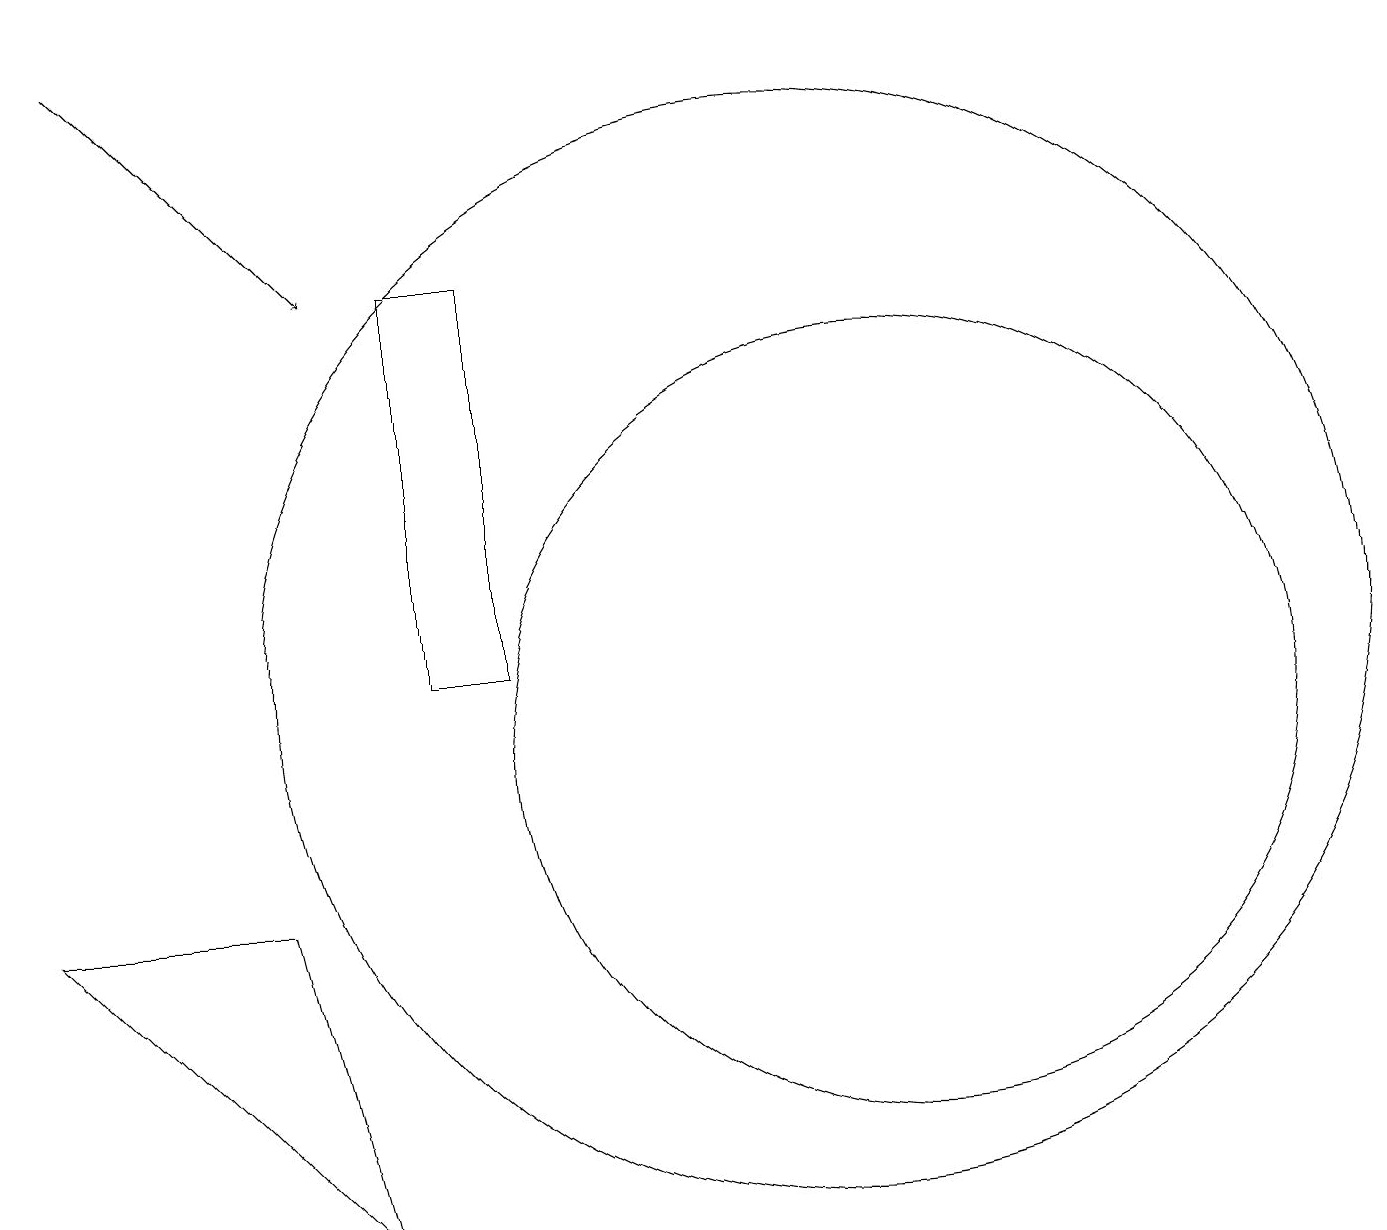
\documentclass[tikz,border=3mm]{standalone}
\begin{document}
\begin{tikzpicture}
\draw (6,16) rectangle (5,11);
\draw (0,8) -- (3,8) -- (4,4) -- cycle;
\draw[->] (1,19) -- (4,16);
\draw (11,10) circle (5);
\draw (10,11) circle (7);
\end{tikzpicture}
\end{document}